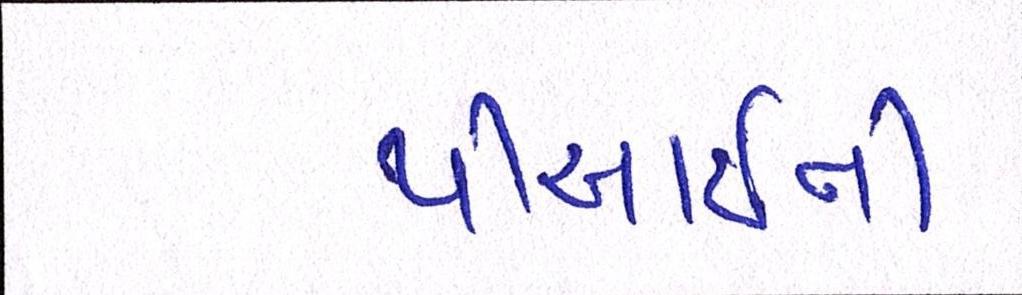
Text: પીઆઈની